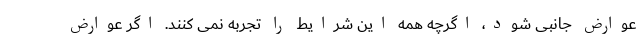
عوارض جانبی شود، اگرچه همه این شرایط را تجربه نمی کنند. اگر عوارض